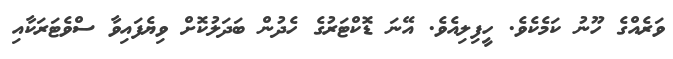
ވަރެއްގެ ހޫނު ކަމެކެވެ. ހީފިލިއެވެ. އޭނަ ޑޮކްޓަރުގެ ހެދުން ބަދަލުކޮށް ވިޔެފައިވާ ސްވެޓަރަކާއި